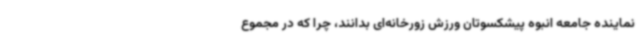
نماینده جامعه انبوه پیشکسوتان ورزش زورخانه‌ای بدانند، چرا که در مجموع